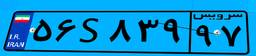
۲۶S۰۹۷۹۷